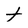
Character: t